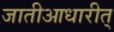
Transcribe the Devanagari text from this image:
जातीआधारीत्